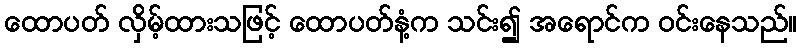
ထောပတ် လှိမ့်ထားသဖြင့် ထောပတ်နံ့က သင်း၍ အရောင်က ဝင်းနေသည်။